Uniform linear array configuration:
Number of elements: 4
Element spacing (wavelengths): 1
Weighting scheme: uniform
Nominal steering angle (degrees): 30
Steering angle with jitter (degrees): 31.364
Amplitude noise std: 0.05
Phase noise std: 0.05

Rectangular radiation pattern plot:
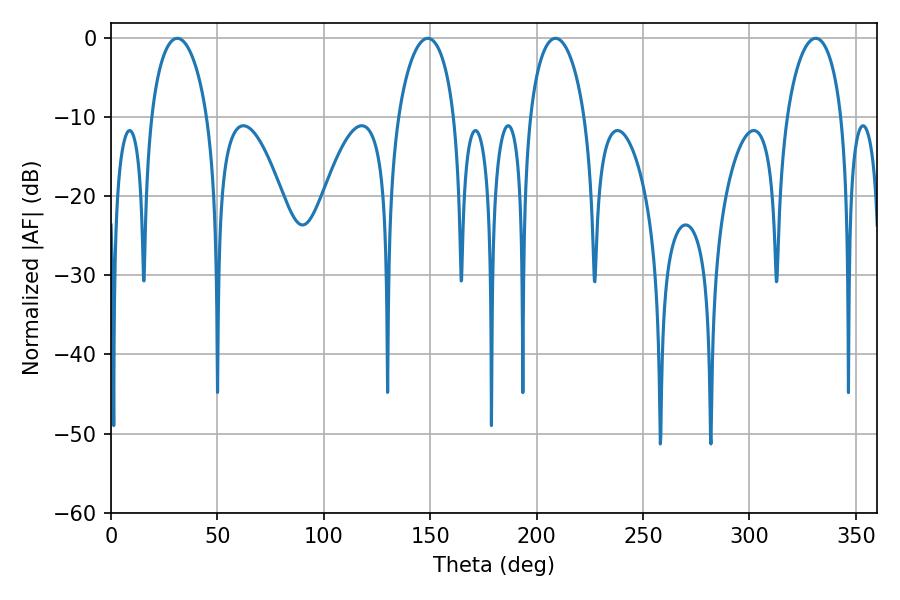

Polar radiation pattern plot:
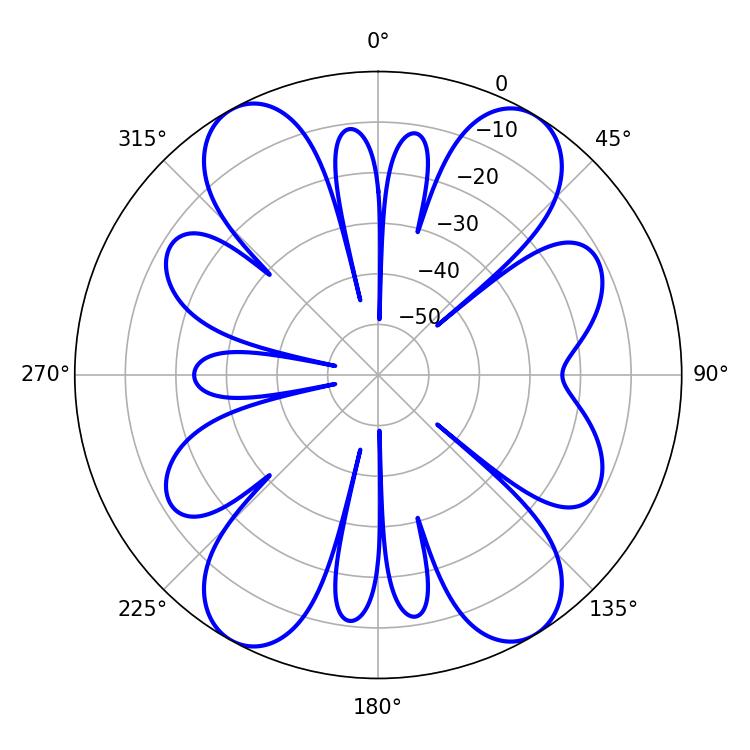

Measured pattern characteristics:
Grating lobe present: TRUE
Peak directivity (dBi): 17.033
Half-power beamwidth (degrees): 15.12
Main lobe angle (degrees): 31.14